Indian journal of veterinary science and animal husbandry - Volume 5,
Year: 1935
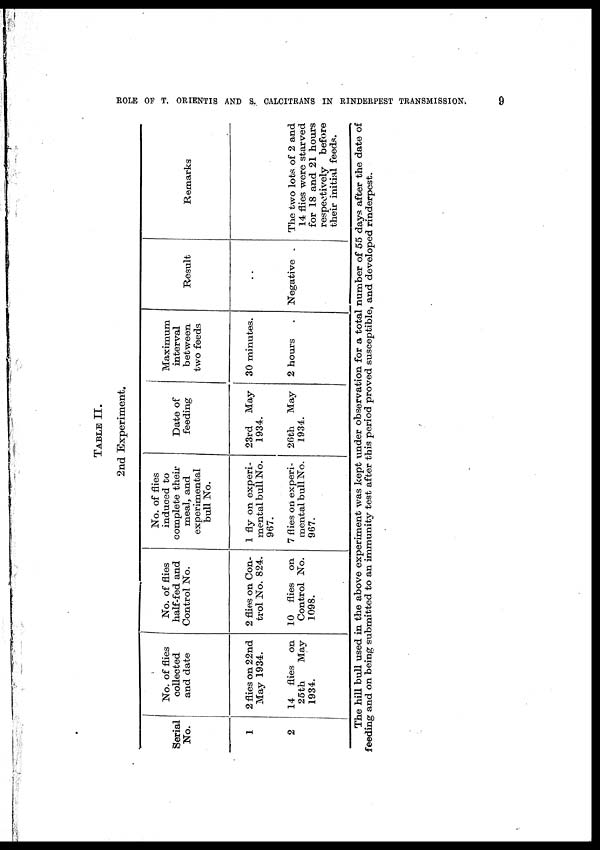
ROLE OF T. ORIENTIS AND S. CALCITRANS IN RINDERPEST
TRANSMISSION.
9
TABLE II.
2nd Experiment.
Serial
No.
1
2
No. of flies
collected
and date
2 flies on 22nd
May 1934.
14 flies on
25th
May
1934.
No. of flies
half-fed and
Control No.
2 flies on Con-
trol No. 824.
10 flies on
Control No.
1098.
No. of flies
induced to
complete their
meal, and
experimental
bull No.
1 fly on experi-
mental bull No.
967.
7 flies on experi-
mental bull No.
967.
Date of
feeding
23rd May
1934.
26th May
1934.
Maximum
interval
between
two feeds
30 minutes.
2 hours .
Result
. .
Negative .
Remarks
The two lots of 2 and
14 flies were starved
for 18 and 21 hours
respectively before
their initial feeds.
The hill bull used in the above experiment was kept under observation for a total number of 55 days after the date of
feeding and on being submitted to an immunity test after this period proved susceptible, and developed rinderpest.